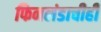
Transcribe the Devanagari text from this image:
फिनलंडाचीही